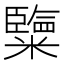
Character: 𥽏